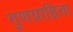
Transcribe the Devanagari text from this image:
गुणग्राहिता